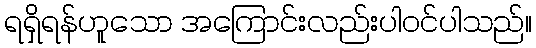
ရရှိရန်ဟူသော အကြောင်းလည်းပါဝင်ပါသည်။